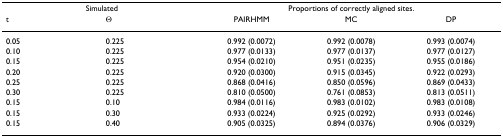
<table><thead><tr><td colspan="2"><b>Simulated</b></td><td colspan="3"><b>Proportions of correctly aligned sites.</b></td></tr><tr><td><b>t</b></td><td><b>Θ</b></td><td><b>PAIRHMM</b></td><td><b>MC</b></td><td><b>DP</b></td></tr></thead><tbody><tr><td>0.05</td><td>0.225</td><td>0.992 (0.0072)</td><td>0.992 (0.0078)</td><td>0.993 (0.0074)</td></tr><tr><td>0.10</td><td>0.225</td><td>0.977 (0.0133)</td><td>0.977 (0.0137)</td><td>0.977 (0.0127)</td></tr><tr><td>0.15</td><td>0.225</td><td>0.954 (0.0210)</td><td>0.951 (0.0235)</td><td>0.955 (0.0186)</td></tr><tr><td>0.20</td><td>0.225</td><td>0.920 (0.0300)</td><td>0.915 (0.0345)</td><td>0.922 (0.0293)</td></tr><tr><td>0.25</td><td>0.225</td><td>0.868 (0.0416)</td><td>0.850 (0.0596)</td><td>0.869 (0.0433)</td></tr><tr><td>0.30</td><td>0.225</td><td>0.810 (0.0500)</td><td>0.761 (0.0853)</td><td>0.813 (0.0511)</td></tr><tr><td>0.15</td><td>0.10</td><td>0.984 (0.0116)</td><td>0.983 (0.0102)</td><td>0.983 (0.0108)</td></tr><tr><td>0.15</td><td>0.30</td><td>0.933 (0.0224)</td><td>0.925 (0.0292)</td><td>0.933 (0.0246)</td></tr><tr><td>0.15</td><td>0.40</td><td>0.905 (0.0325)</td><td>0.894 (0.0376)</td><td>0.906 (0.0329)</td></tr></tbody></table>